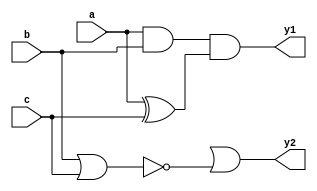
module top ( y1 , y2 , a , b , c );
input a , b , c ;
output y1 , y2 ;
wire g1 , g2 , g3 ;
wire t_0 ;

and ( g1 , a , b );
xor ( g2 , a , c );
nor ( g3 , b , c );
and ( y1 , g1 , g2 );
or ( y2 , t_0 , g3 );

endmodule